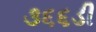
૩૬૬ડી